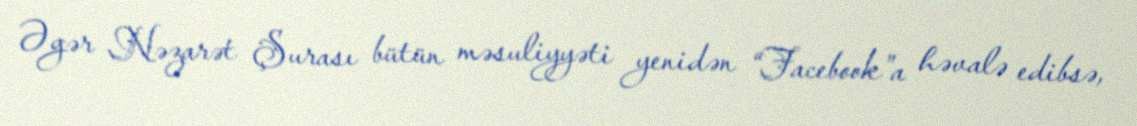
Əgər Nəzarət Şurası bütün məsuliyyəti yenidən “Facebook”a həvalə edibsə,